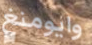
وايومنغ